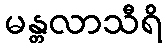
မန္တလာသီရိ